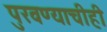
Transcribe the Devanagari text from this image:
पुरवण्याचीही